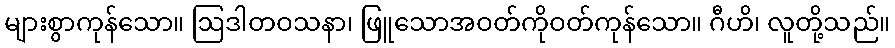
များစွာကုန်သော။ ဩဒါတဝသနာ၊ ဖြူသောအဝတ်ကိုဝတ်ကုန်သော။ ဂီဟိ၊ လူတို့သည်။